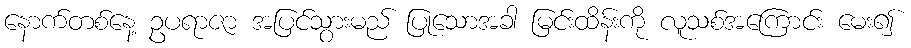
နောက်တစ်နေ့ ဥပရာဇာ အပြင်သွားမည် ပြုသောအခါ မြင်းထိန်းကို လူသစ်အကြောင်း မေး၍